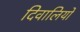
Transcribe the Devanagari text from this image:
दिवालियों